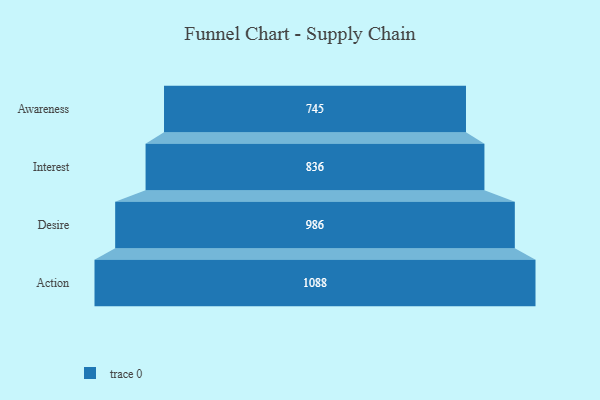
{"axis": {"x": "Stage", "y": "Value"}, "legend": [""], "data": [{"x": "Awareness", "y": 745.0, "type": ""}, {"x": "Interest", "y": 836.0, "type": ""}, {"x": "Desire", "y": 986.0, "type": ""}, {"x": "Action", "y": 1088.0, "type": ""}]}